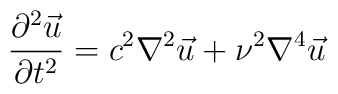
{{\partial^2{\vec u}}\over {\partial t^2}}=c^2 {\nabla^2}{\vec u}+\nu^2{\nabla^4}{\vec u}